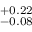
^ { + 0 . 2 2 } _ { - 0 . 0 8 }